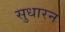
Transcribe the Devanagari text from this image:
सुधारन